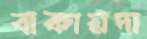
বাকায়দা